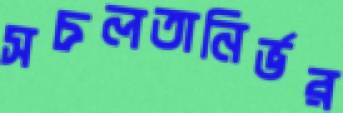
সচলতানির্ভর